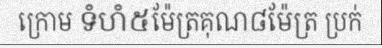
ក្រោម ទំហំ៥ម៉ែត្រគុណ៨ម៉ែត្រ ប្រក់